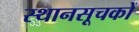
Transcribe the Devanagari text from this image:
स्थानसूचकों